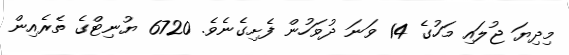
މިދިޔަ ޖުލައި މަހުގެ 14 ވަނަ ދުވަހުން ފެށިގެނެވެ. 6720 ޔުނިޓްގެ ތެރެއިން